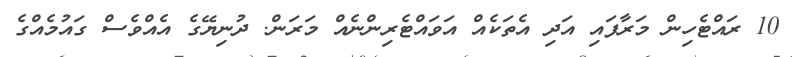
10 ރައްޓެހިން މަރާފައި އަދި އެތަކެއް އަވައްޓެރިންނެއް މަރަން. ދުނިޔޭގެ އެއްވެސް ގައުމެއްގެ